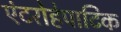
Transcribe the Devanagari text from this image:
एंटरोहेपाटिक